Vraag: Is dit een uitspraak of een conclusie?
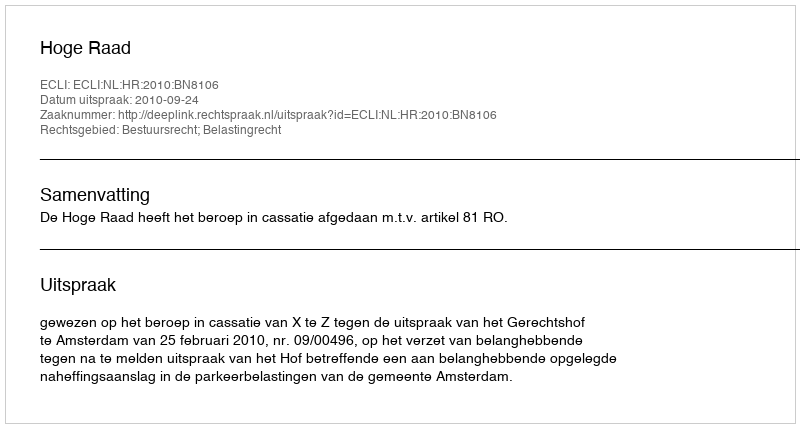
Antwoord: Uitspraak